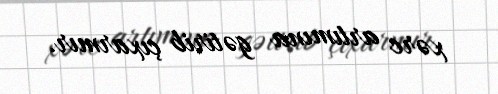
xərc artımına gətirib çıxarmır.